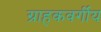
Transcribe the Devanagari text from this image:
ग्राहकवर्गीय